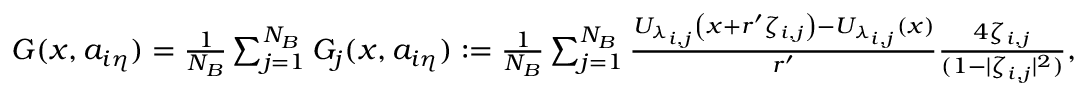
\begin{array} { r } { G ( x , a _ { i \eta } ) = \frac { 1 } { N _ { B } } \sum _ { j = 1 } ^ { N _ { B } } G _ { j } ( x , a _ { i \eta } ) : = \frac { 1 } { N _ { B } } \sum _ { j = 1 } ^ { N _ { B } } \frac { U _ { \lambda _ { i , j } } \left( x + r ^ { \prime } \zeta _ { i , j } \right) - U _ { \lambda _ { i , j } } \left( x \right) } { r ^ { \prime } } \frac { 4 \zeta _ { i , j } } { ( 1 - | \zeta _ { i , j } | ^ { 2 } ) } , } \end{array}